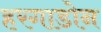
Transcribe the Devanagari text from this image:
हरगाडोन